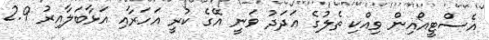
އެސްޓީއޯއިން ވިއްކި ތެލުގެ ޢަދަދު ވަނީ އޭގެ ކުރީ އަހަރާއި އަޅާބަލާއިރު 2.9